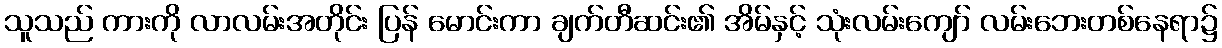
သူသည် ကားကို လာလမ်းအတိုင်း ပြန် မောင်းကာ ချက်တီဆင်း၏ အိမ်နှင့် သုံးလမ်းကျော် လမ်းဘေးတစ်နေရာ၌